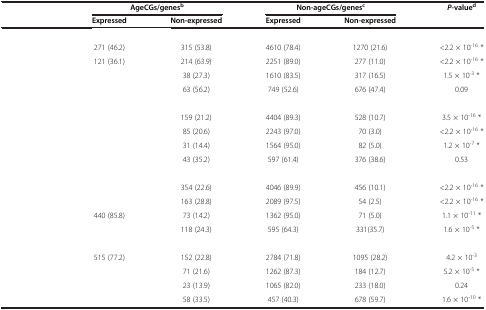
<table><thead><tr><td rowspan="2">[EMPTY_CELL]</td><td colspan="2"><b>AgeCGs/genes<sup>b</sup></b></td><td colspan="2"><b>Non-ageCGs/genes<sup>c</sup></b></td><td><b><i>P</i>-value<sup>d</sup></b></td></tr><tr><td><b>Expressed</b></td><td><b>Non-expressed</b></td><td><b>Expressed</b></td><td><b>Non-expressed</b></td><td>[EMPTY_CELL]</td></tr></thead><tbody><tr><td>[EMPTY_CELL]</td><td>[EMPTY_CELL]</td><td>[EMPTY_CELL]</td><td>[EMPTY_CELL]</td><td>[EMPTY_CELL]</td><td>[EMPTY_CELL]</td></tr><tr><td>[EMPTY_CELL]</td><td>271 (46.2)</td><td>315 (53.8)</td><td>4610 (78.4)</td><td>1270 (21.6)</td><td>&lt;2.2 × 10<sup>-16</sup> *</td></tr><tr><td>[EMPTY_CELL]</td><td>121 (36.1)</td><td>214 (63.9)</td><td>2251 (89.0)</td><td>277 (11.0)</td><td>&lt;2.2 × 10<sup>-16</sup> *</td></tr><tr><td>[EMPTY_CELL]</td><td>[EMPTY_CELL]</td><td>38 (27.3)</td><td>1610 (83.5)</td><td>317 (16.5)</td><td>1.5 × 10<sup>-3</sup> *</td></tr><tr><td>[EMPTY_CELL]</td><td>[EMPTY_CELL]</td><td>63 (56.2)</td><td>749 (52.6)</td><td>676 (47.4)</td><td>0.09</td></tr><tr><td>[EMPTY_CELL]</td><td>[EMPTY_CELL]</td><td>[EMPTY_CELL]</td><td>[EMPTY_CELL]</td><td>[EMPTY_CELL]</td><td>[EMPTY_CELL]</td></tr><tr><td>[EMPTY_CELL]</td><td>[EMPTY_CELL]</td><td>159 (21.2)</td><td>4404 (89.3)</td><td>528 (10.7)</td><td>3.5 × 10<sup>-16</sup> *</td></tr><tr><td>[EMPTY_CELL]</td><td>[EMPTY_CELL]</td><td>85 (20.6)</td><td>2243 (97.0)</td><td>70 (3.0)</td><td>&lt;2.2 × 10<sup>-16</sup> *</td></tr><tr><td>[EMPTY_CELL]</td><td>[EMPTY_CELL]</td><td>31 (14.4)</td><td>1564 (95.0)</td><td>82 (5.0)</td><td>1.2 × 10<sup>-7</sup> *</td></tr><tr><td>[EMPTY_CELL]</td><td>[EMPTY_CELL]</td><td>43 (35.2)</td><td>597 (61.4)</td><td>376 (38.6)</td><td>0.53</td></tr><tr><td>[EMPTY_CELL]</td><td>[EMPTY_CELL]</td><td>[EMPTY_CELL]</td><td>[EMPTY_CELL]</td><td>[EMPTY_CELL]</td><td>[EMPTY_CELL]</td></tr><tr><td>[EMPTY_CELL]</td><td>[EMPTY_CELL]</td><td>354 (22.6)</td><td>4046 (89.9)</td><td>456 (10.1)</td><td>&lt;2.2 × 10<sup>-16</sup> *</td></tr><tr><td>[EMPTY_CELL]</td><td>[EMPTY_CELL]</td><td>163 (28.8)</td><td>2089 (97.5)</td><td>54 (2.5)</td><td>&lt;2.2 × 10<sup>-16</sup> *</td></tr><tr><td>[EMPTY_CELL]</td><td>440 (85.8)</td><td>73 (14.2)</td><td>1362 (95.0)</td><td>71 (5.0)</td><td>1.1 × 10<sup>-11</sup> *</td></tr><tr><td>[EMPTY_CELL]</td><td>[EMPTY_CELL]</td><td>118 (24.3)</td><td>595 (64.3)</td><td>331(35.7)</td><td>1.6 × 10<sup>-5</sup> *</td></tr><tr><td>[EMPTY_CELL]</td><td>[EMPTY_CELL]</td><td>[EMPTY_CELL]</td><td>[EMPTY_CELL]</td><td>[EMPTY_CELL]</td><td>[EMPTY_CELL]</td></tr><tr><td>[EMPTY_CELL]</td><td>515 (77.2)</td><td>152 (22.8)</td><td>2784 (71.8)</td><td>1095 (28.2)</td><td>4.2 × 10<sup>-3</sup></td></tr><tr><td>[EMPTY_CELL]</td><td>[EMPTY_CELL]</td><td>71 (21.6)</td><td>1262 (87.3)</td><td>184 (12.7)</td><td>5.2 × 10<sup>-5</sup> *</td></tr><tr><td>[EMPTY_CELL]</td><td>[EMPTY_CELL]</td><td>23 (13.9)</td><td>1065 (82.0)</td><td>233 (18.0)</td><td>0.24</td></tr><tr><td>[EMPTY_CELL]</td><td>[EMPTY_CELL]</td><td>58 (33.5)</td><td>457 (40.3)</td><td>678 (59.7)</td><td>1.6 × 10<sup>-10</sup> *</td></tr></tbody></table>